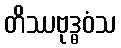
တိဿဗုဒ္ဓဝံသ